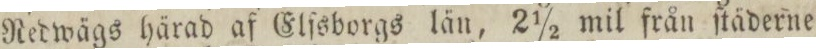
Nedwägs härad af Elfsborgs län, 2 1/2 mil från ſtäderne